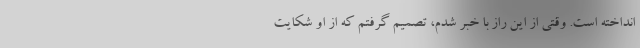
انداخته است. وقتی از این راز با خبر شدم، تصمیم گرفتم که از او شکایت